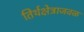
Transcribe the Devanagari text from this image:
तिर्थक्षेत्राजवळ